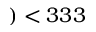
) < 3 3 3